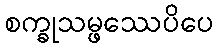
စက္ခုသမ္ဖဿေပိပေ